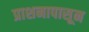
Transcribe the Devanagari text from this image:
प्राशनापासून